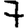
Digit: 7